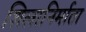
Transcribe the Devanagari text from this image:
शिलानिर्माता